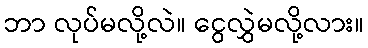
ဘာ လုပ်မလို့လဲ။ ငွေလွှဲမလို့လား။